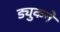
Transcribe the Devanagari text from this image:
ड्युकने